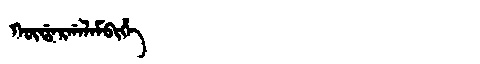
Manchu: ᡴᡡᡩᠠᡵᡤᠠᠯᠠᠮᠪᡳᡥᡝ
Romanization: KŪDARGALAMBIHE